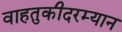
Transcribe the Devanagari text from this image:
वाहतुकीदरम्यान